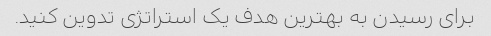
برای رسیدن به بهترین هدف یک استراتژی تدوین کنید.